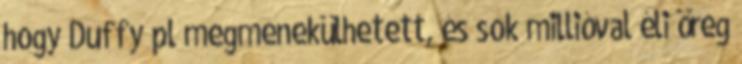
hogy Duffy pl megmenekülhetett, és sok millióval éli öreg